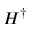
H ^ { \dag }